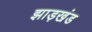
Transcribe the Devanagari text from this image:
झाड़खंड